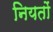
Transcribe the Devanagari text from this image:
नियतों